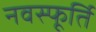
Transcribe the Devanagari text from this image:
नवस्फूर्ति